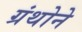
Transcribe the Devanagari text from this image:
ग्रंथोने